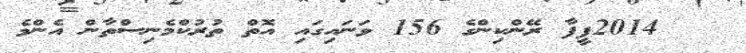
2014ފީފާ ރޭންކިންގެ 156 ވަނައިގައި އޮތް ތުރުކްމެނިސްތާން އެންމެ